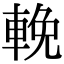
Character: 輓